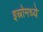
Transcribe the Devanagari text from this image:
इस्रोमध्ये